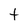
Character: t